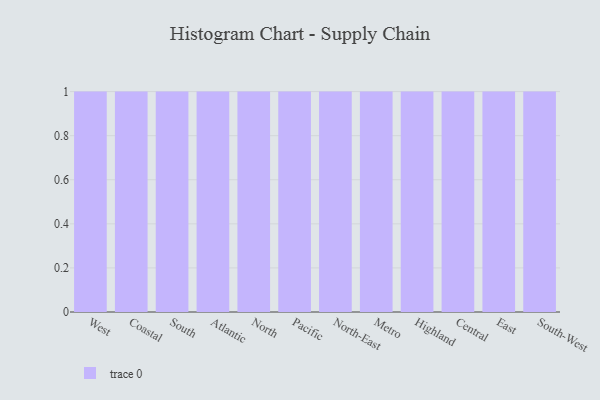
{"axis": {"x": "Region", "y": "Population (Million)"}, "legend": [""], "data": [{"x": "West", "y": 44, "type": ""}, {"x": "Coastal", "y": 32, "type": ""}, {"x": "South", "y": 93, "type": ""}, {"x": "Atlantic", "y": 33, "type": ""}, {"x": "North", "y": 65, "type": ""}, {"x": "Pacific", "y": 100, "type": ""}, {"x": "North-East", "y": 71, "type": ""}, {"x": "Metro", "y": 3, "type": ""}, {"x": "Highland", "y": 79, "type": ""}, {"x": "Central", "y": 49, "type": ""}, {"x": "East", "y": 15, "type": ""}, {"x": "South-West", "y": 37, "type": ""}]}